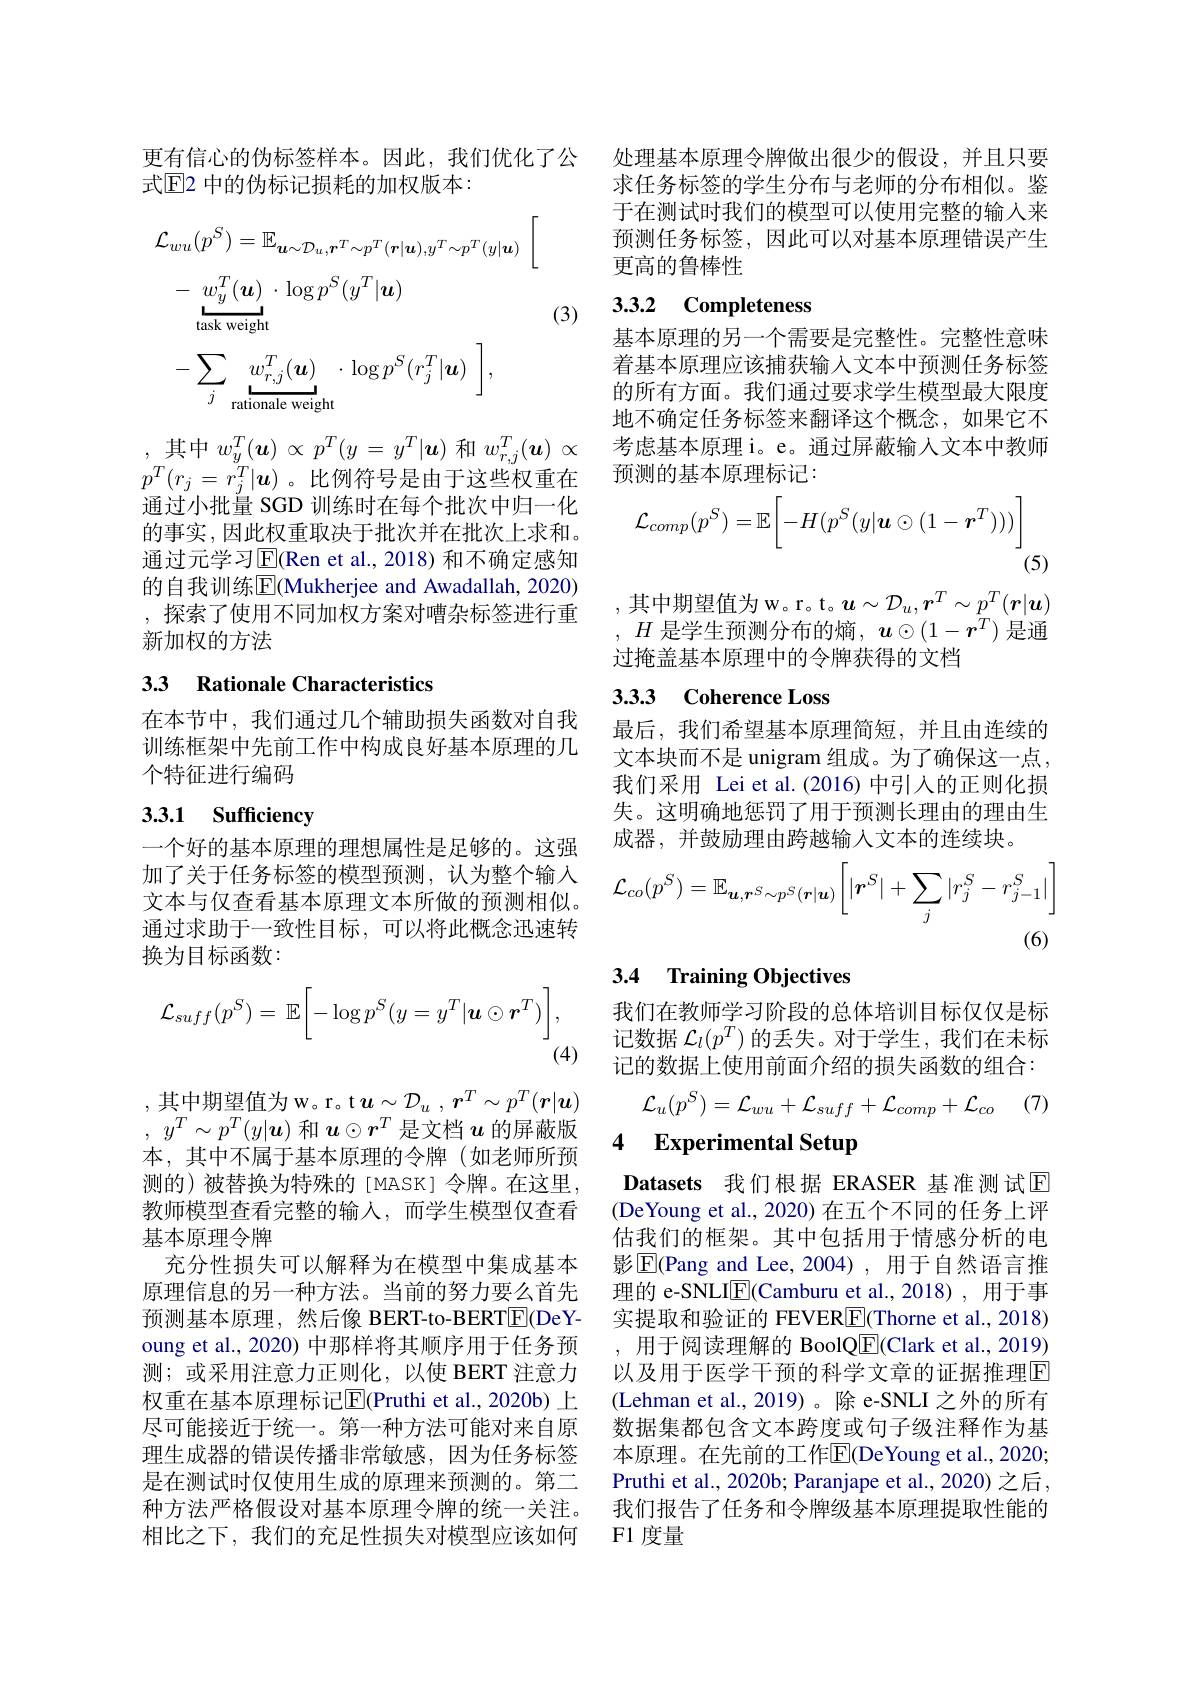
更有信心的伪标签样本。因此，我们优化了公
式$\mathbb{E}$2 中的伪标记损耗的加权版本：
$$\begin{aligned}&\mathcal{L}_{wu}(p^{S})=\mathbb{E}_{\boldsymbol{u}\sim\mathcal{D}_{u},\boldsymbol{r}^{T}\sim p^{T}(\boldsymbol{r}|\boldsymbol{u}),y^{T}\sim p^{T}(y|\boldsymbol{u})}\:\bigg[\\&-\underbrace{w_{y}^{T}(\boldsymbol{u})}_{\mathrm{task~weight}}\cdot\log p^{S}(y^{T}|\boldsymbol{u})\\&-\sum_{j}\underbrace{w_{r,j}^{T}(\boldsymbol{u})}_{\mathrm{rationale~weight}}\cdot\log p^{S}(r_{j}^{T}|\boldsymbol{u})\:\bigg],\end{aligned}$$
(3)

,其中$w_y^T(\boldsymbol{u})\propto p^T(y=y^T|\boldsymbol{u})$和$w_r,j^T(\boldsymbol{u})\propto$ $p^T(r_j=r_j^T|\boldsymbol{u})$。比例符号是由于这些权重在通过小批量 SGD 训练时在每个批次中归一化的事实，因此权重取决于批次并在批次上求和。通过元学习$\overline{\mathrm{E}}($Ren et al.,2018)和不确定感知的自我训练E(Mukherjee and Awadallah, 2020) ,探索了使用不同加权方案对嘈杂标签进行重新加权的方法

## 33 Rationale Characteristics

在本节中，我们通过几个辅助损失函数对自我训练框架中先前工作中构成良好基本原理的几个特征进行编码

# 3.3.1 Sufficiency

一个好的基本原理的理想属性是足够的。这强加了关于任务标签的模型预测，认为整个输入文本与仅查看基本原理文本所做的预测相似。通过求助于一致性目标，可以将此概念迅速转换为目标函数：
$$\mathcal{L}_{suff}(p^S)=\mathbb{E}\bigg[-\log p^S(y=y^T|\boldsymbol{u}\odot\boldsymbol{r}^T)\bigg],$$
(4)

$, \operatorname { \text{其 中 期 望 值 为 w。r。t}} \boldsymbol{u}\sim \mathcal{D} _{u}$ , $\boldsymbol{r}^{T}\sim p^{T}( \boldsymbol{r}| \boldsymbol{u})$ , $y^T\sim p^T( y| \boldsymbol{u})$和$\boldsymbol{u}\odot r^T$是文档$u$的屏蔽版本，其中不属于基本原理的令牌(如老师所预测的)被替换为特殊的[MASK]令牌。在这里， 教师模型查看完整的输入，而学生模型仅查看基本原理令牌
充分性损失可以解释为在模型中集成基本原理信息的另一种方法。当前的努力要么首先预测基本原理，然后像 BERT-to-BERT$\boxed{\mathrm{F}}($DeYoung et al., 2020) 中那样将其顺序用于任务预测；或采用注意力正则化，以使 BERT 注意力权重在基本原理标记$\boxed{\mathrm{F}}$(Pruthi et al., 2020b) 上尽可能接近于统一。第一种方法可能对来自原理生成器的错误传播非常敏感，因为任务标签是在测试时仅使用生成的原理来预测的。第二种方法严格假设对基本原理令牌的统一关注。相比之下，我们的充足性损失对模型应该如何

处理基本原理令牌做出很少的假设，并且只要求任务标签的学生分布与老师的分布相似。鉴于在测试时我们的模型可以使用完整的输入来预测任务标签，因此可以对基本原理错误产生更高的鲁棒性

## 3.3.2 Completeness

基本原理的另一个需要是完整性。完整性意味着基本原理应该捕获输入文本中预测任务标签的所有方面。我们通过要求学生模型最大限度地不确定任务标签来翻译这个概念，如果它不考虑基本原理 i。e。通过屏蔽输入文本中教师预测的基本原理标记：
$$\mathcal{L}_{comp}(p^S)=\mathbb{E}\bigg[-H(p^S(y|\boldsymbol{u}\odot(1-\boldsymbol{r}^T)))\bigg]$$
(5)

,其中期望值为 w。r。t。$\boldsymbol u\sim\mathcal{D}_u,\boldsymbol{r}^T\sim p^T(\boldsymbol{r}|\boldsymbol{u})$ $,H$ 是学生预测分布的熵$,\boldsymbol u\odot(1-\boldsymbol{r}^T)$ 是通过掩盖基本原理中的令牌获得的文档

## 3.3.3 Coherence Loss

最后，我们希望基本原理简短，并且由连续的文本块而不是 unigram 组成。为了确保这一点， 我们采用 Lei et al.(2016) 中引入的正则化损失。这明确地惩罚了用于预测长理由的理由生成器，并鼓励理由跨越输入文本的连续块。
$$\mathcal{L}_{co}(p^{S})=\mathbb{E}_{\boldsymbol{u},\boldsymbol{r}^{S}\sim p^{S}(\boldsymbol{r}|\boldsymbol{u})}\bigg[|\boldsymbol{r}^{S}|+\sum_{j}|r_{j}^{S}-r_{j-1}^{S}|\bigg]$$
(6)

## 3.4 Training Objectives

我们在教师学习阶段的总体培训目标仅仅是标记数据$\mathcal{L}_l(p^T)$的丢失。对于学生，我们在未标记的数据上使用前面介绍的损失函数的组合：

(7)
$$\mathcal{L}_{u}(p^{S})=\mathcal{L}_{wu}+\mathcal{L}_{suff}+\mathcal{L}_{comp}+\mathcal{L}_{co}$$
4 Experimental Setup

Datasets 我们根据 ERASER 基准测试E (DeYoung et al., 2020) 在五个不同的任务上评估我们的框架。其中包括用于情感分析的电影$\overline{\mathrm{E}}$(Pang and Lee, 2004),用于自然语言推理的 e-SNLI$\underline{\mathrm{E}}($Camburu et al., 2018), 用于事实提取和验证的 FEVER$\boxed{\mathrm{E}}$(Thorne et al., 2018) ,用于阅读理解的 BoolQ$\boxed{\mathrm{F}}($Clark et al., 2019) 以及用于医学干预的科学文章的证据推理$\overline{\mathrm{E}}$ (Lehman et al.,2019)。除 e-SNLI 之外的所有数据集都包含文本跨度或句子级注释作为基本原理。在先前的工作$\overline{\mathrm{E}}($DeYoung et al., 2020; Pruthi et al., 2020b; Paranjape et al., 2020) 之后， 我们报告了任务和令牌级基本原理提取性能的F1 度量